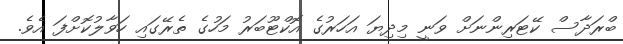
ބްރަދާސް ކޭޓަރިންނަށް ވަނީ މިދިޔަ އަހަރުގެ އޮކްޓޫބަރު މަހުގެ ތެރޭގައި ހަވާލުކޮށްފަ އެވެ.